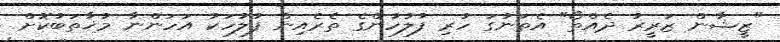
"ޒީޝާން ޒަރީރު ދެއްތޯ" އެތަނުގަ ހުރި ފުލުހުންގެ ތެރެއިން ފުލުހަކު އަހަންނާ މުޚާތަބުކޮށް